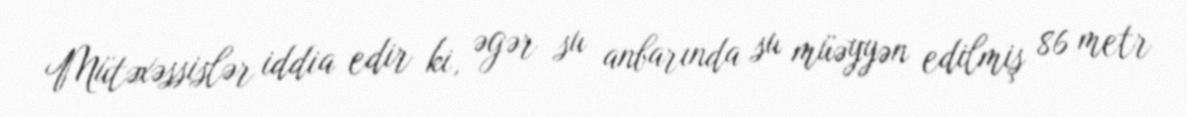
Mütəxəssislər iddia edir ki, əgər su anbarında su müəyyən edilmiş 86 metr